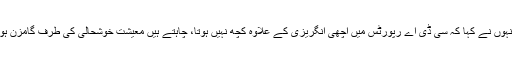
انہوں نے کہا کہ سی ڈی اے رپورٹس میں اچھی انگریزی کے علاوہ کچھ نہیں ہوتا، چاہتے ہیں معیشت خوشحالی کی طرف گامزن ہو۔